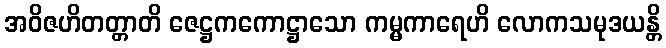
အဝိဇဟိတတ္တာတိ ဇေဋ္ဌကကောဋ္ဌာသော ကမ္မကာရေဟိ လောကသမုဒယန္တိ